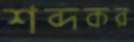
শব্দকর